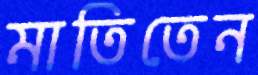
মাতিতেন